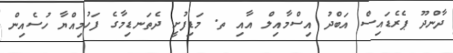
ދާންދޫ ޕެރެޑައިސް އަބްދު އިސްމާއިލް އާއި ތ. މަޑިފުށީ ދެތަނޑިމާގެ ފަހުމިއްޔާ ހުސެއިން